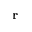
\mathbf { r }